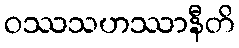
ဝဿသဟဿာနီတိ